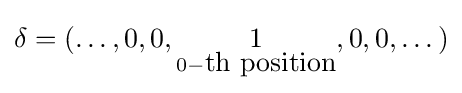
\delta =(\dots ,0,0,{\underset {0-{\mbox{th position}}}{1}},0,0,\dots )